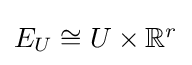
{\textstyle E_{U}\cong U\times \mathbb {R} ^{r}}